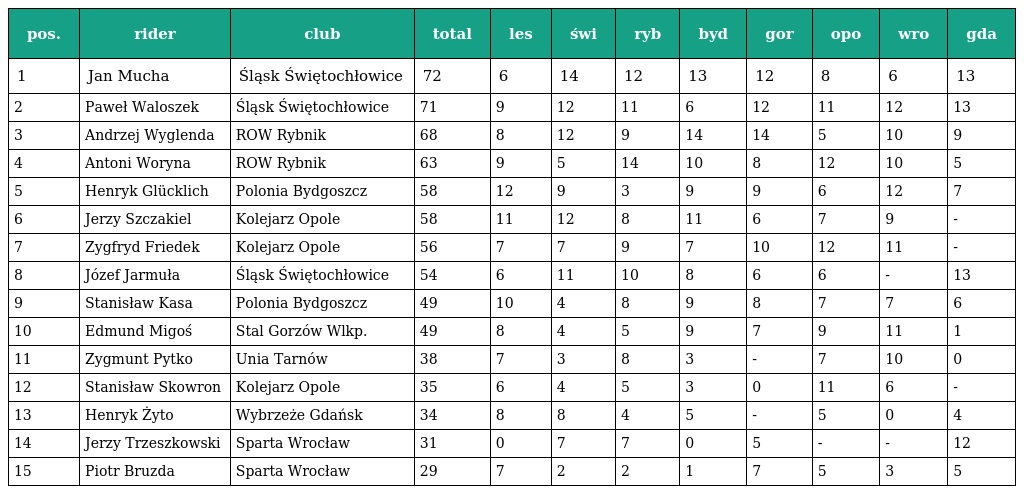
| pos. | rider | club | total | les | świ | ryb | byd | gor | opo | wro | gda |
 | --- | --- | --- | --- | --- | --- | --- | --- | --- | --- | --- | --- |
 | 1 | Jan Mucha | Śląsk Świętochłowice | 72 | 6 | 14 | 12 | 13 | 12 | 8 | 6 | 13 |
 | 2 | Paweł Waloszek | Śląsk Świętochłowice | 71 | 9 | 12 | 11 | 6 | 12 | 11 | 12 | 13 |
 | 3 | Andrzej Wyglenda | ROW Rybnik | 68 | 8 | 12 | 9 | 14 | 14 | 5 | 10 | 9 |
 | 4 | Antoni Woryna | ROW Rybnik | 63 | 9 | 5 | 14 | 10 | 8 | 12 | 10 | 5 |
 | 5 | Henryk Glücklich | Polonia Bydgoszcz | 58 | 12 | 9 | 3 | 9 | 9 | 6 | 12 | 7 |
 | 6 | Jerzy Szczakiel | Kolejarz Opole | 58 | 11 | 12 | 8 | 11 | 6 | 7 | 9 | - |
 | 7 | Zygfryd Friedek | Kolejarz Opole | 56 | 7 | 7 | 9 | 7 | 10 | 12 | 11 | - |
 | 8 | Józef Jarmuła | Śląsk Świętochłowice | 54 | 6 | 11 | 10 | 8 | 6 | 6 | - | 13 |
 | 9 | Stanisław Kasa | Polonia Bydgoszcz | 49 | 10 | 4 | 8 | 9 | 8 | 7 | 7 | 6 |
 | 10 | Edmund Migoś | Stal Gorzów Wlkp. | 49 | 8 | 4 | 5 | 9 | 7 | 9 | 11 | 1 |
 | 11 | Zygmunt Pytko | Unia Tarnów | 38 | 7 | 3 | 8 | 3 | - | 7 | 10 | 0 |
 | 12 | Stanisław Skowron | Kolejarz Opole | 35 | 6 | 4 | 5 | 3 | 0 | 11 | 6 | - |
 | 13 | Henryk Żyto | Wybrzeże Gdańsk | 34 | 8 | 8 | 4 | 5 | - | 5 | 0 | 4 |
 | 14 | Jerzy Trzeszkowski | Sparta Wrocław | 31 | 0 | 7 | 7 | 0 | 5 | - | - | 12 |
 | 15 | Piotr Bruzda | Sparta Wrocław | 29 | 7 | 2 | 2 | 1 | 7 | 5 | 3 | 5 |